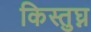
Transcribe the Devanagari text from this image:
किस्तुघ्न